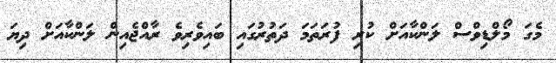
މެގަ މޯލްޑިވްސް ލަންކާއަށް ކުރި ފުރަތަމަ ދަތުރުގައި ބައިވެރިވެ ރާއްޖެއިން ލަންކާއަށް ދިޔަ